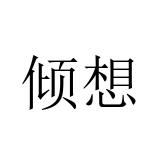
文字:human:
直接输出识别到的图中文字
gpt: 倾想